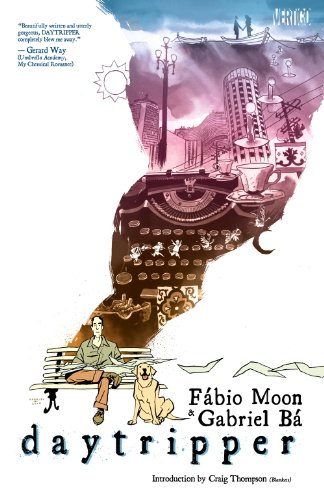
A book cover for Daytripper; Gabriel Ba; Comics & Graphic Novels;